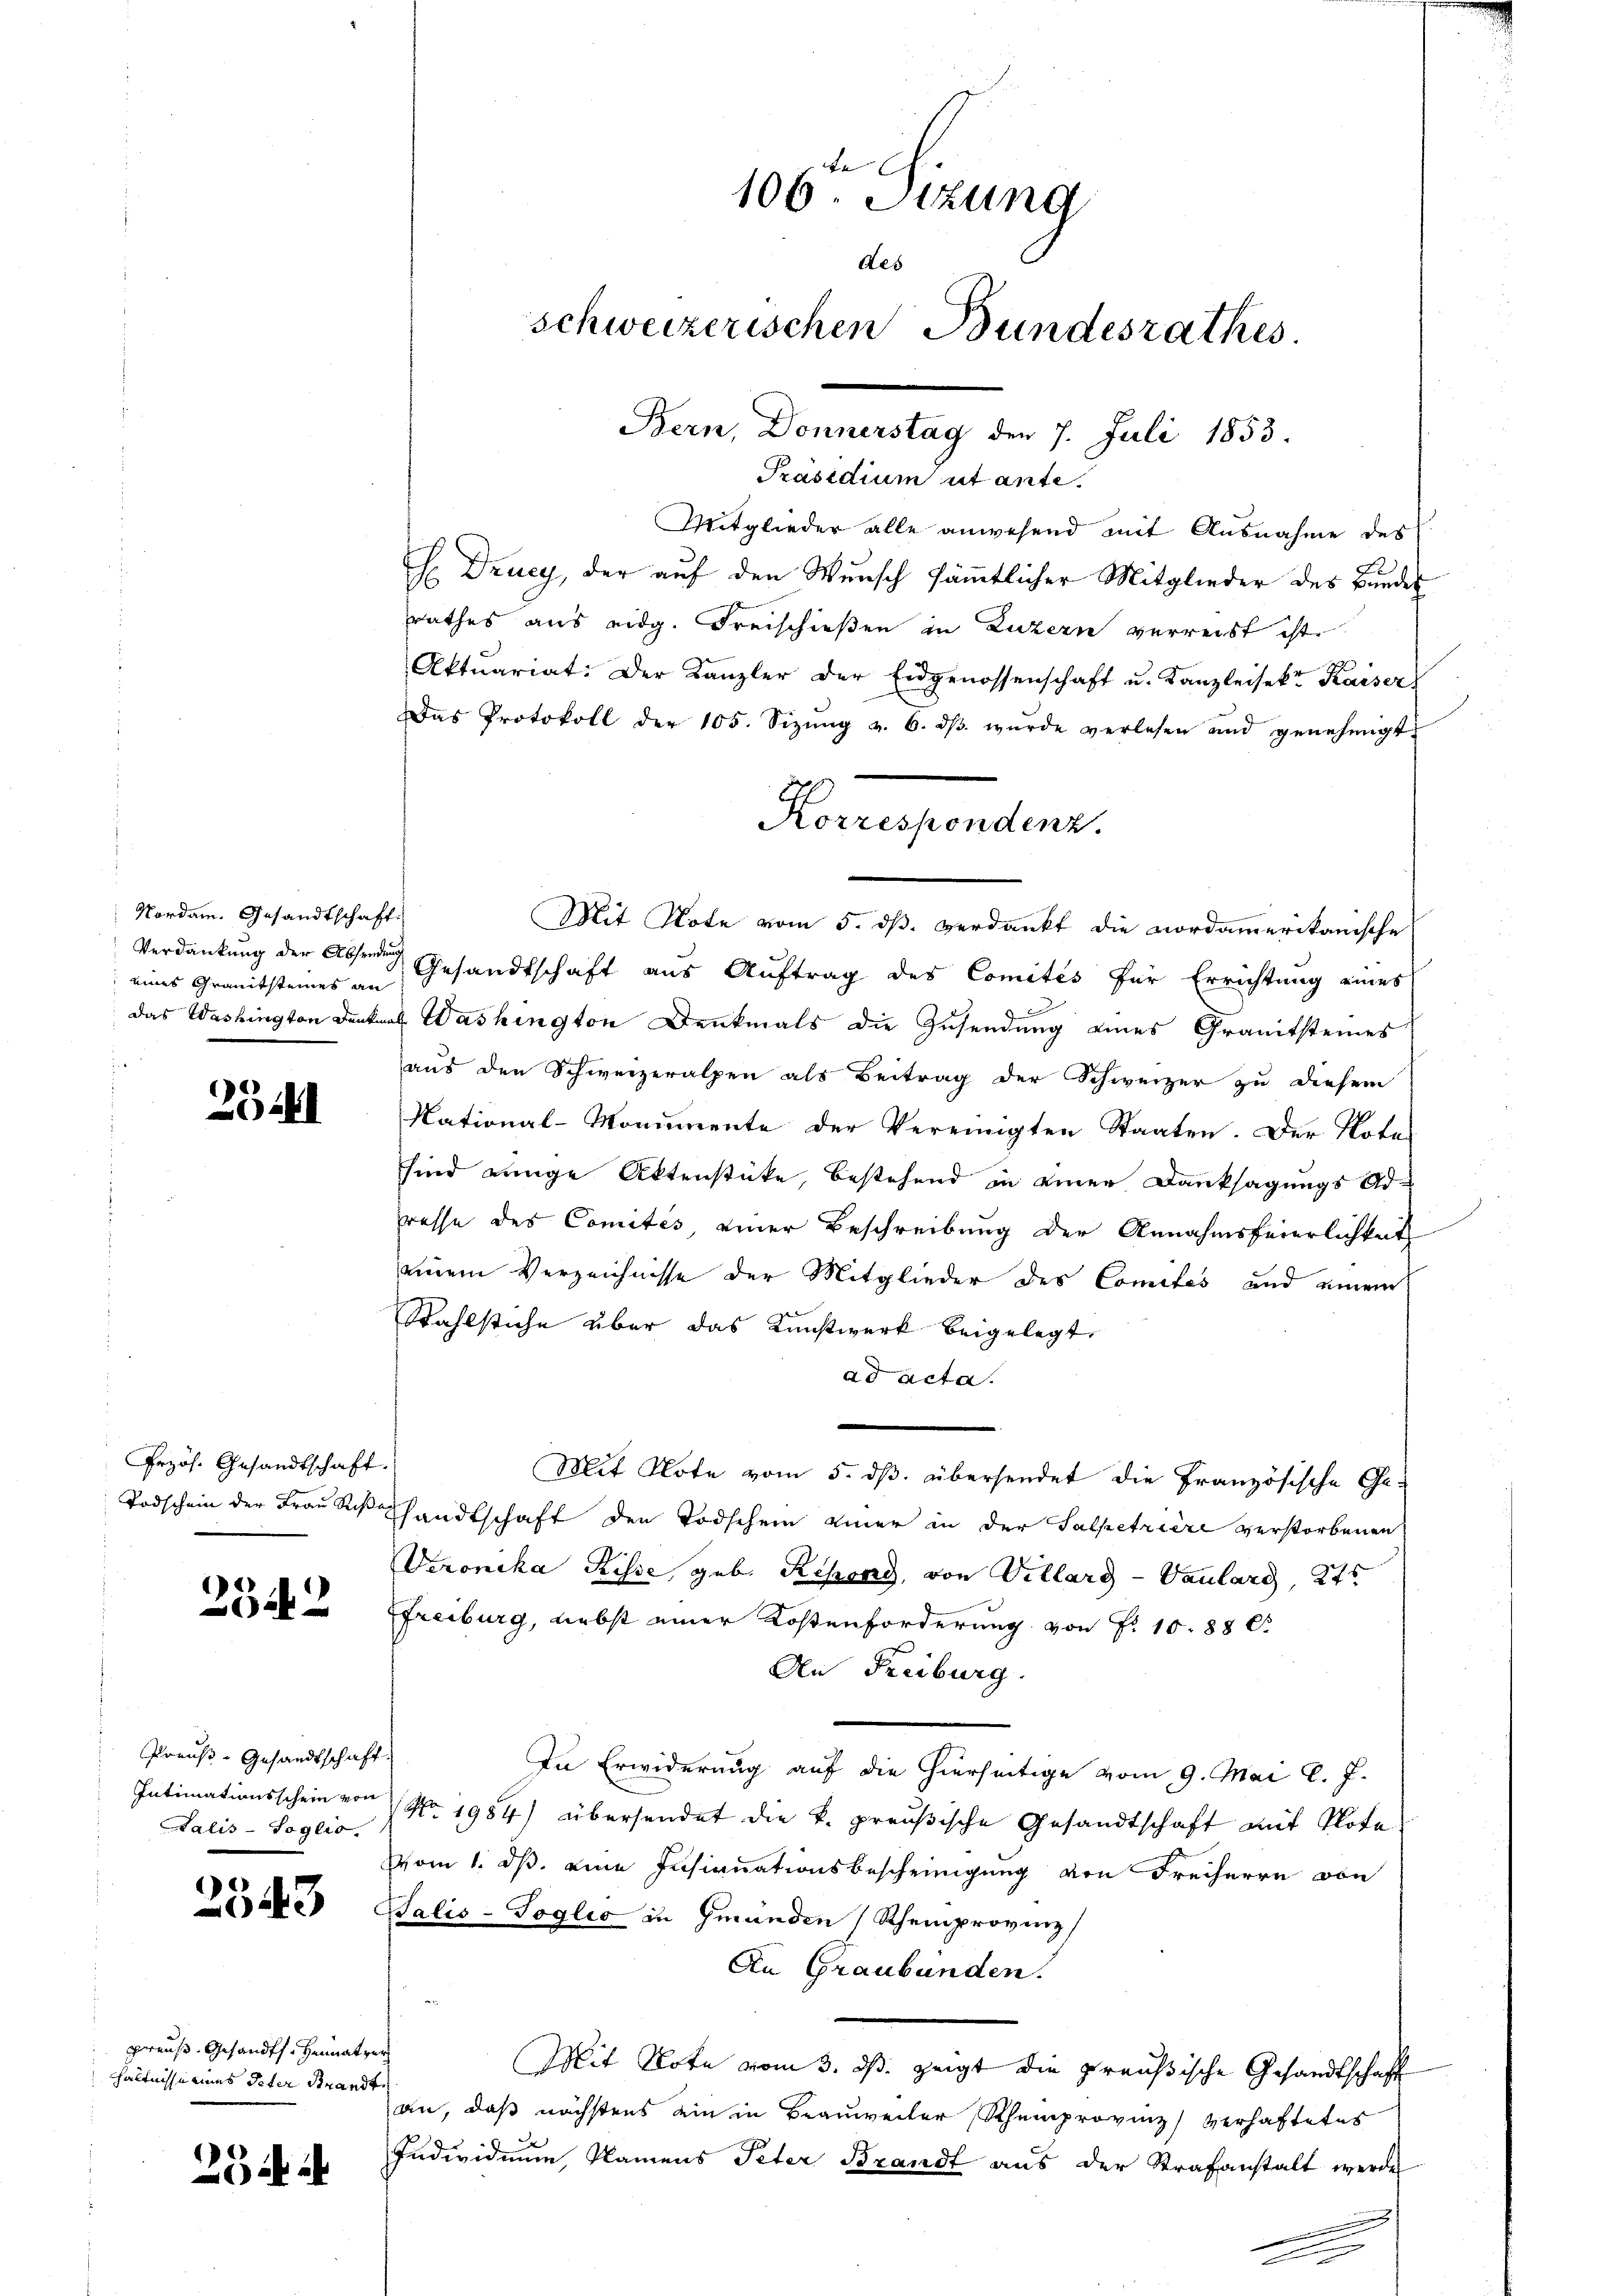
Nordam. Gesandtschaft.
eines Granitsteines an

251

Przös. Gesandtschaft.

2342

Preuß-Gesandtschaft
Salis-Soglio.

25

3

preuß. Gesandts Heimatger
hältnisse eines Peter Strandte

254 i

be
106. Sizung
des
schweizerischen Bundesrathes.
Bern, Donnerstag den 7. Juli 1853.

Präsidium ut ante
Mitglieder alle anwesend mit Ausnahme des
H. Drucy, der auf den Wunsch sämmtlicher Mitglieder des Bundes
rathes aus eidg. Freischießen in Luzern verreist ist.
Aktuariat: Der Kanzler der Eidgenossenschaft u. Kanzleisekt Kaiser
Das Protokoll der 105. Sizŭng v. 6. dβ wŭrde verlesen und genehmigt.
Mit Note vom 5. dß. verdankt die Nordamerikanische
Verdankung der Abste Gesandtschaft aus Auftrag des Comités für Errichtung eines
das Washington denkens Washington Denkmals die Zusendung eines Granitsteines
aus den Schweizeralpen als Beitrag der Schweizer zu diesem
National-Monumente der Vereinigten Staaten. Der Nota-
sind einige Aktenstücke, bestehend in einer Danksagungs Adresse des Comités, einer Beschreibung der Annahmsfeierlichkeit
einem Verzeichnisse der Mitglieder des Comites und einem
Stahlstiche über das Kunstwerk beigelegt.
ad acta.
Mit Note vom 5. dß. übersendet die Französische Ge-
Todschein der Frau Sich handtschaft den Todschein einer in der Salpetriere verstorbenen
Veronika Risse, geb. Rchoad, von Villard-Vaulard, 245
Freiburg, Liebst einer Kostenforderung von Fr. 1088 C
An Freiburg.
In Erwiderung auf die hierseitige vom 9. Mai l. J.
Intimationsschein von No. 1984) übersendet die k. preußische Gesandtschaft mit Note
Vom 1. ds. eine Insinuationsbescheinigung von Freiherrn von
Salis-Soglio in Gmunden (Rheinprovinz
An Graubünden.
Mit Note vom 3. ds. zeigt die preußische Gesandtschaft
an, daß nächstens ein in Brauweiter Rhemprovinz verhaftetes
Individuum, Namens Peter Brandt aus der Strafanstalt werde
n

Korrespondenz.

.